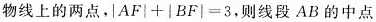
物线上的两点，|AF|+|BF|=3，则线段AB的中点